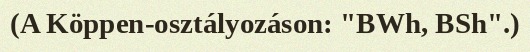
(A Köppen-osztályozáson: "BWh, BSh".)